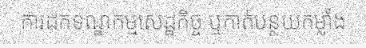
ការដកទណ្ឌកម្មសេដ្ឋកិច្ច ឬកាត់បន្ថយកម្លាំង